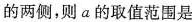
的两侧，则a的取值范围是